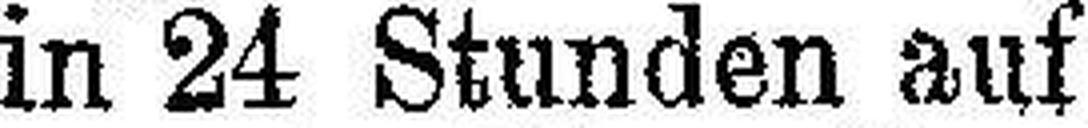
in 24 Stunden auf